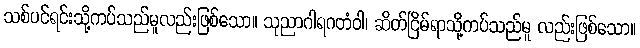
သစ်ပင်ရင်းသို့ကပ်သည်မူလည်းဖြစ်သော။ သုညာဂါရဂတံဝါ၊ ဆိတ်ငြိမ်ရာသို့ကပ်သည်မူ လည်းဖြစ်သော။